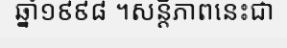
ឆ្នាំ១៩៩៨ ។សន្តិភាពនេះជា